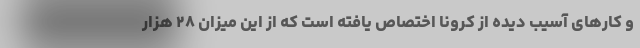
و کارهای آسیب دیده از کرونا اختصاص یافته است که از این میزان ۲۸ هزار